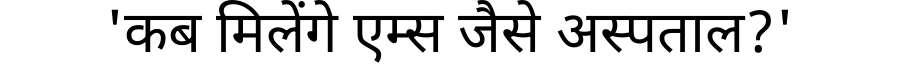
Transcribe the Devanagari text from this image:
'कब मिलेंगे एम्स जैसे अस्पताल?'